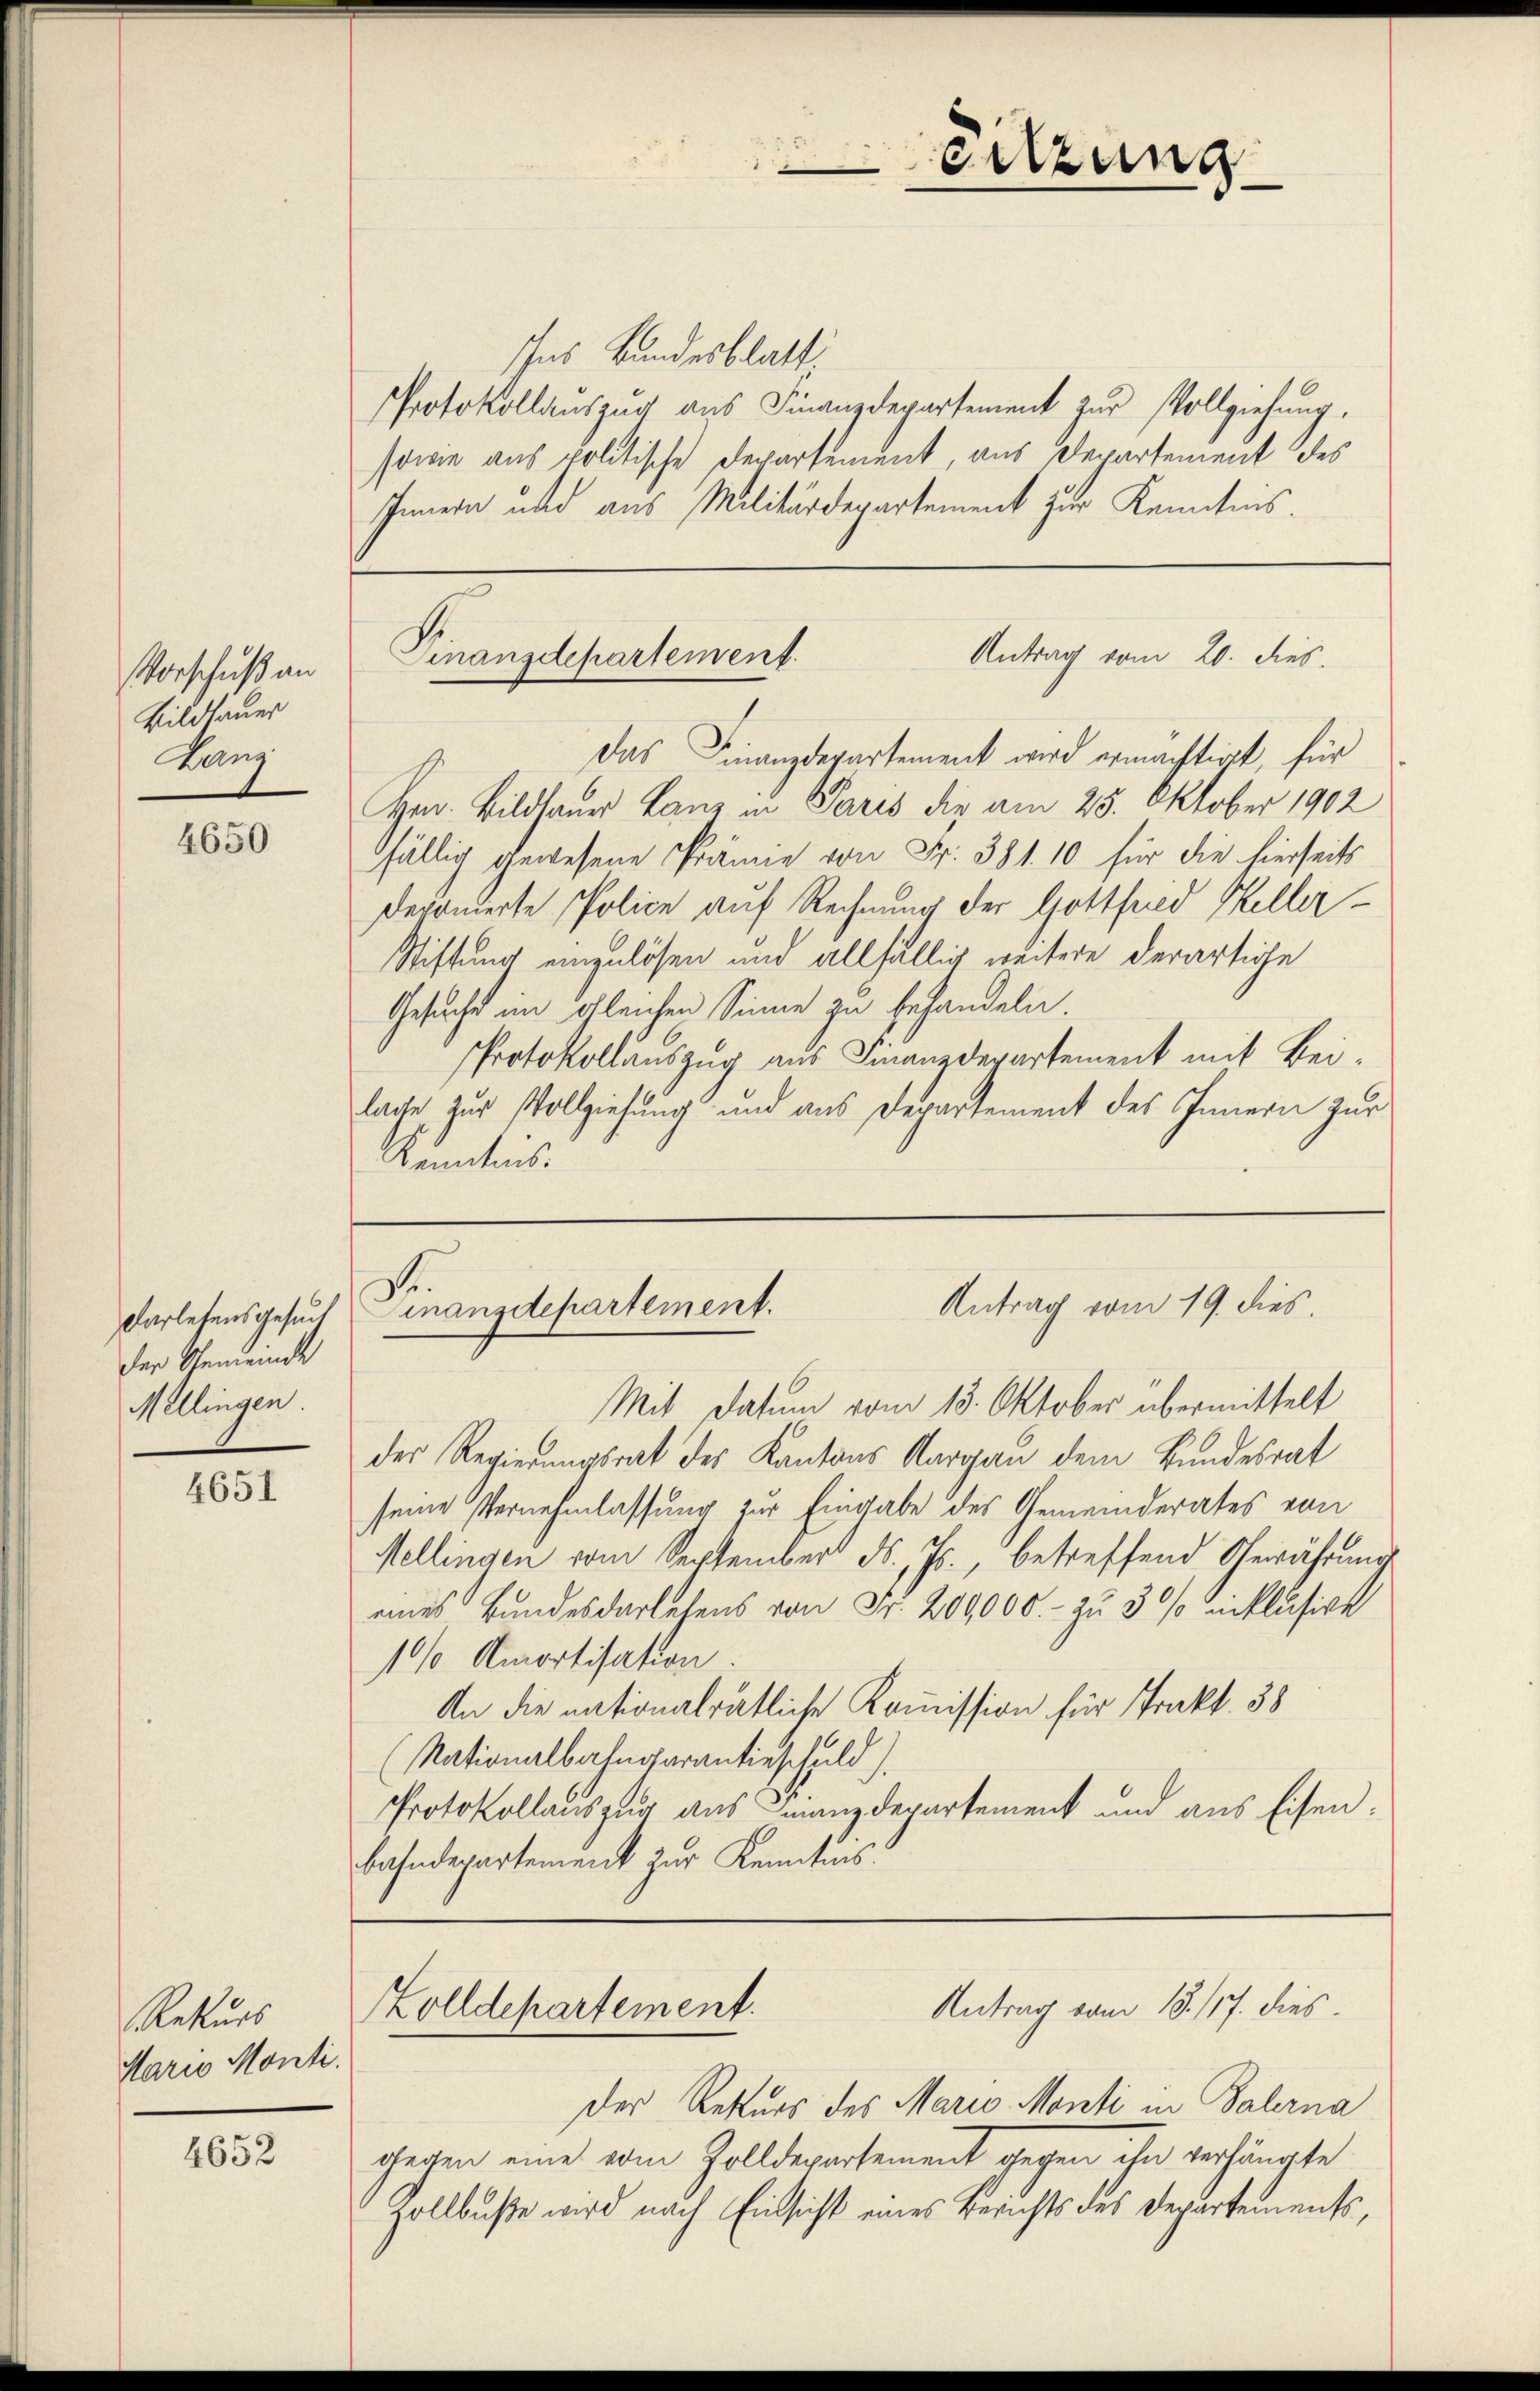
Vorschuß an
Bildhauer
Lanz

4650

darlesensgesuch
der Gemeinde
Mellingen.

4651

Rekurs
Mario Monti.

4652

Ins Bundesblatt.
Protokollauszug aus Finanzdepartement zur Vollziehung,
sowie aus politische Departement, aus Departement des
Innern und aus Militärdepartement zur Kenntnis.

Das Finanzdepartement wird ermächtigt, für
Hrn. Bildhauer Lanz in Paris die am 25. Oktober 1902
fällig gewesene Prämie von Fr. 381. 10 für die hierseits
deponierte Police auf Rechnung der Gottfried Keller¬
Stiftung einzulösen und allfällig weitere derartige
Gesucht im gleichen Sinne zu behandeln.
Protokollauszug aus Finanzdepartement mit Beilage zur Vollziehung und aus Departement des Innern zur
Kenntnis.

eitzung

Antrag vom 20. dies
Finanzdepartement.

.
Antrag vom 19. dies
inanzdepartement.

Mit Datum vom 13. Oktober übermittelt
der Regierungsrat des Kantons Aargau dem Bundesrat
seine Vernehmlassung zur Eingabe des Gemeinderates von
Mellingen vom September d. Js., betreffend Gewährung
eines Bundesdarlehens von Fr. 209,000.- zu 3 % unklusige
10% Amortisation.
An die nationalrätliche Kommission für Trakt. 38
(Nationalbahngarantieschuld).
Protokollauszug aus Finanzdepartement und aus Eisenbahndepartement zur Kenntnis:

Zolldepartement.
Antrag vom 18. 117. dies

Der Rekurs des Mario Monti in Palerna
gegen eine vom Zolldepartement gegen ihn verhängte
Zollbuße wird nach Einsicht eines Berichts des Departements,